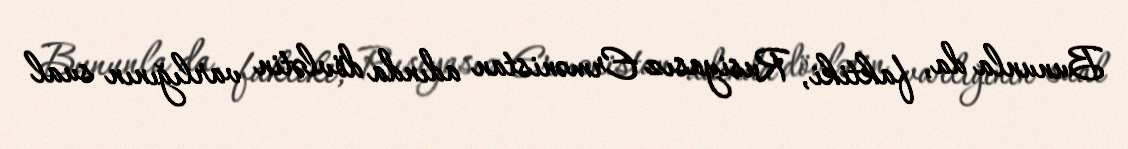
Bununla da, faktiki, Rusiyasız Ermənistan adında dövlətin varlığının sual